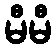
မီမီ